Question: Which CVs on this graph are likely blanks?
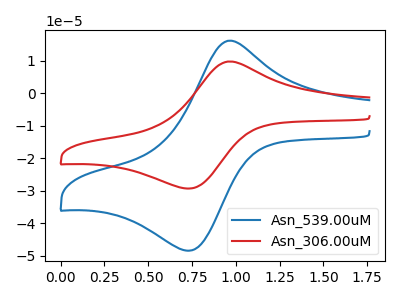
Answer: <think>The blue curve "Asn_539.00uM" has an anodic peak at (0.95V, 16.20uA) and a cathodic peak at (0.75V, -48.50uA). The red curve "Asn_306.00uM" has an anodic peak at (0.95V, 9.80uA) and a cathodic peak at (0.75V, -29.35uA).</think>
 <answer>There are not any CV's on this graph that are likely to be blanks.</answer>
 <eval>none</eval>